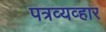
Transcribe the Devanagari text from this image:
पत्रव्यव्हार